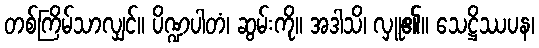
တစ်ကြိမ်သာလျှင်။ ပိဏ္ဍပါတံ၊ ဆွမ်းကို။ အဒါသိ၊ လှူ၏။ သေဋ္ဌိဿပန၊